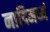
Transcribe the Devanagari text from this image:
नादिमध्यं